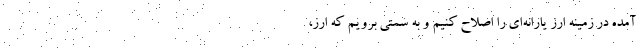
آمده در زمینه ارز یارانه‌ای را اصلاح کنیم و به سمتی برویم که ارز،